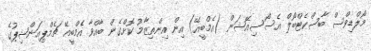
މޯލްޑިވްސް ބާސްކެޓްބޯލް އެސޯސިއޭޝަން (އެމްބީއޭ) އިން އިންތިޒާމު ކޮށްގެން ބާއްވާ އެމްބީއޭ ޗެމްޕިއަންޝިޕުގެ